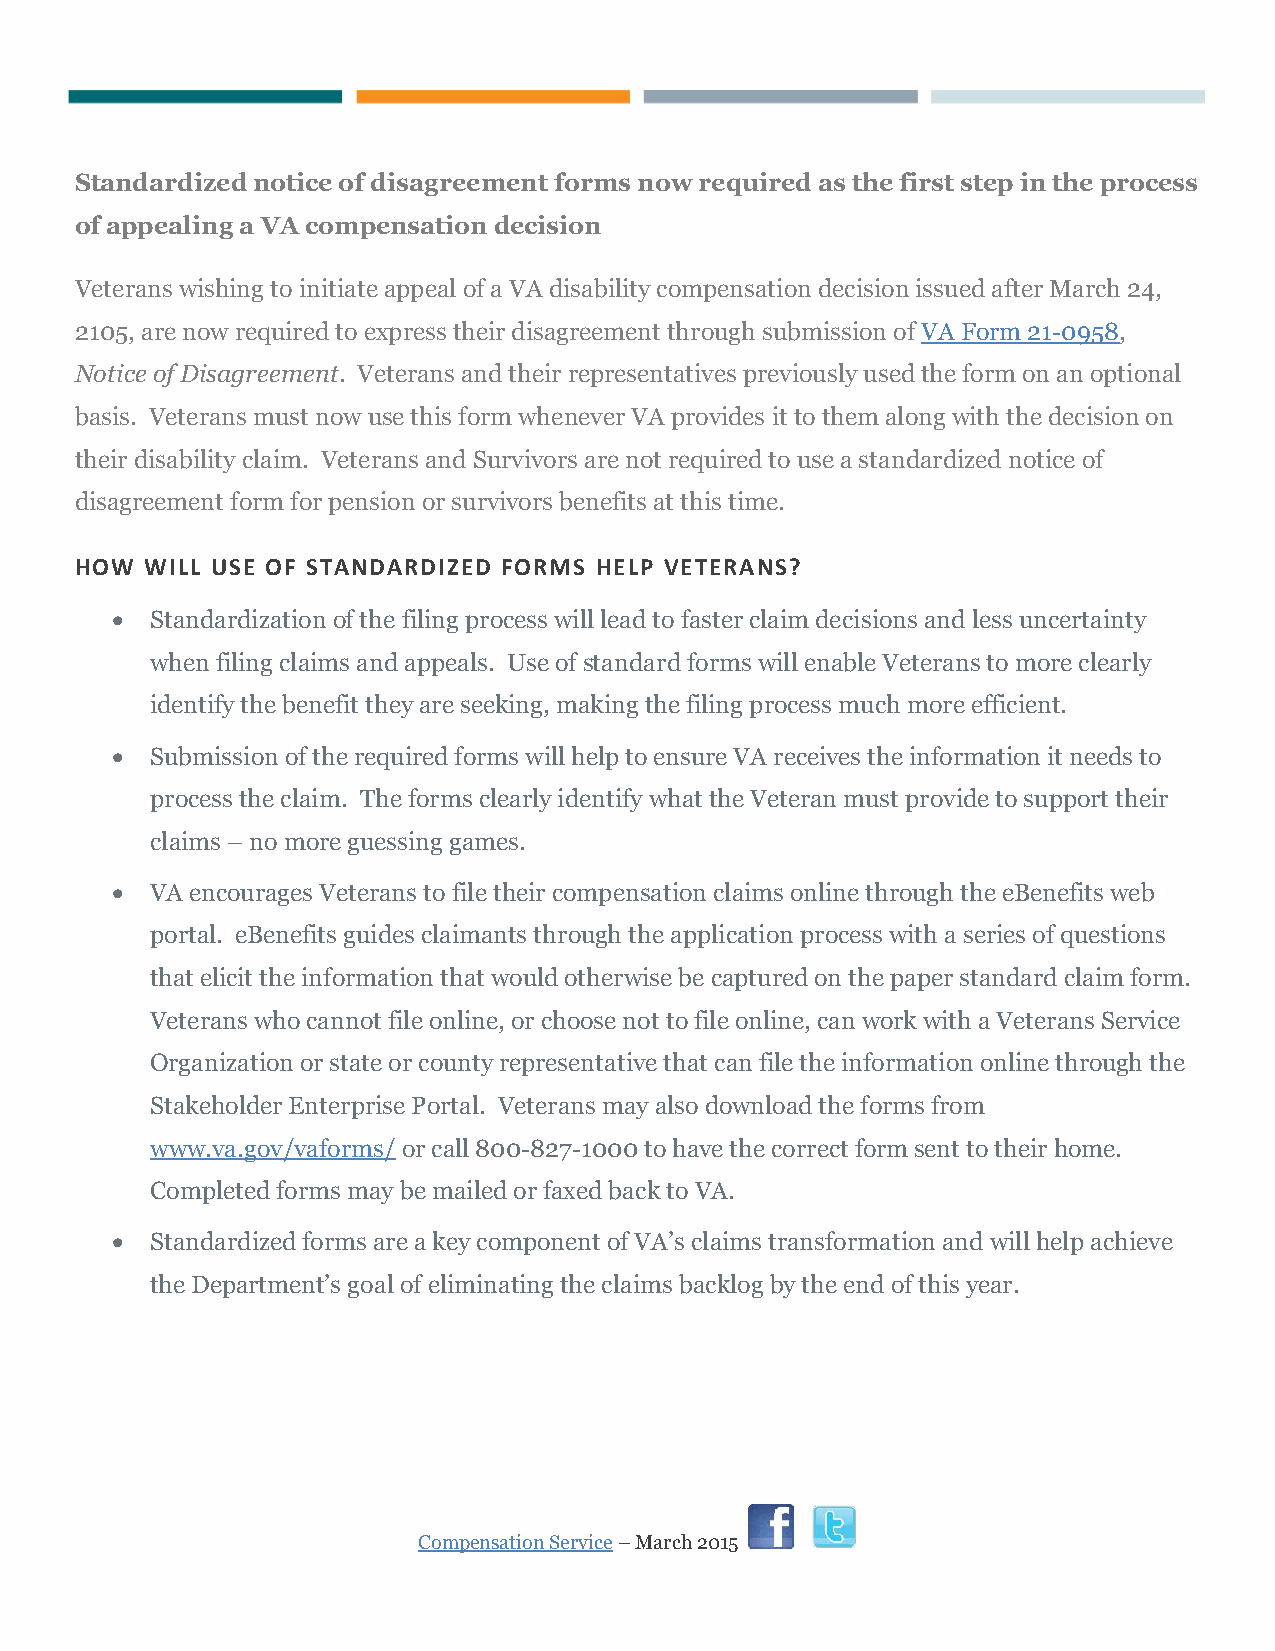
Standardized notice of disagreement forms now required as the first step in the process
 of appealing a VA compensation decision
 Veterans wishing to initiate appeal of a VA disability compensation decision issued after March 24,
 2105, are now required to express their disagreement through submission of VA Form 21-0958,
 Notice of Disagreement. Veterans and their representatives previously used the form on an optional
 basis. Veterans must now use this form whenever VA provides it to them along with the decision on
 their disability claim. Veterans and Survivors are not required to use a standardized notice of
 disagreement form for pension or survivors benefits at this time.
 HOW  WILL USE OF STANDARDIZED FORMS HELP VETERANS?
   Standardization of the filing process will lead to faster claim decisions and less uncertainty
 when filing claims and appeals. Use of standard forms will enable Veterans to more clearly
 identify the benefit they are seeking, making the filing process much more efficient.
   Submission of the required forms will help to ensure VA receives the information it needs to
 process the claim. The forms clearly identify what the Veteran must provide to support their
 claims – no more guessing games.
   VA encourages Veterans to file their compensation claims online through the eBenefits web
 portal. eBenefits guides claimants through the application process with a series of questions
 that elicit the information that would otherwise be captured on the paper standard claim form.
 Veterans who cannot file online, or choose not to file online, can work with a Veterans Service
 Organization or state or county representative that can file the information online through the
 Stakeholder Enterprise Portal. Veterans may also download the forms from
 www.va.gov/vaforms/ or call 800-827-1000 to have the correct form sent to their home.
 Completed forms may be mailed or faxed back to VA.
   Standardized forms are a key component of VA’s claims transformation and will help achieve
 the Department’s goal of eliminating the claims backlog by the end of this year.
 Compensation Service – March 2015